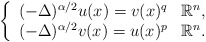
\begin{align*} \left\{\begin{array}{cl} (-\Delta)^{\alpha/2} u(x) = v(x)^q & \mathbb{R}^n, \\ (-\Delta)^{\alpha/2} v(x) = u(x)^p & \mathbb{R}^n. \end{array}\right.\end{align*}